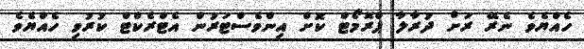
ހެއްޔެވެ ނެރޭ ރަށް ދުރާލާ ޕްރޮމޯޓް ކޮށް އިންވެސްޓަރުން އެޓްރެކްޓް ކުރުވި ހެއްޔެވެ